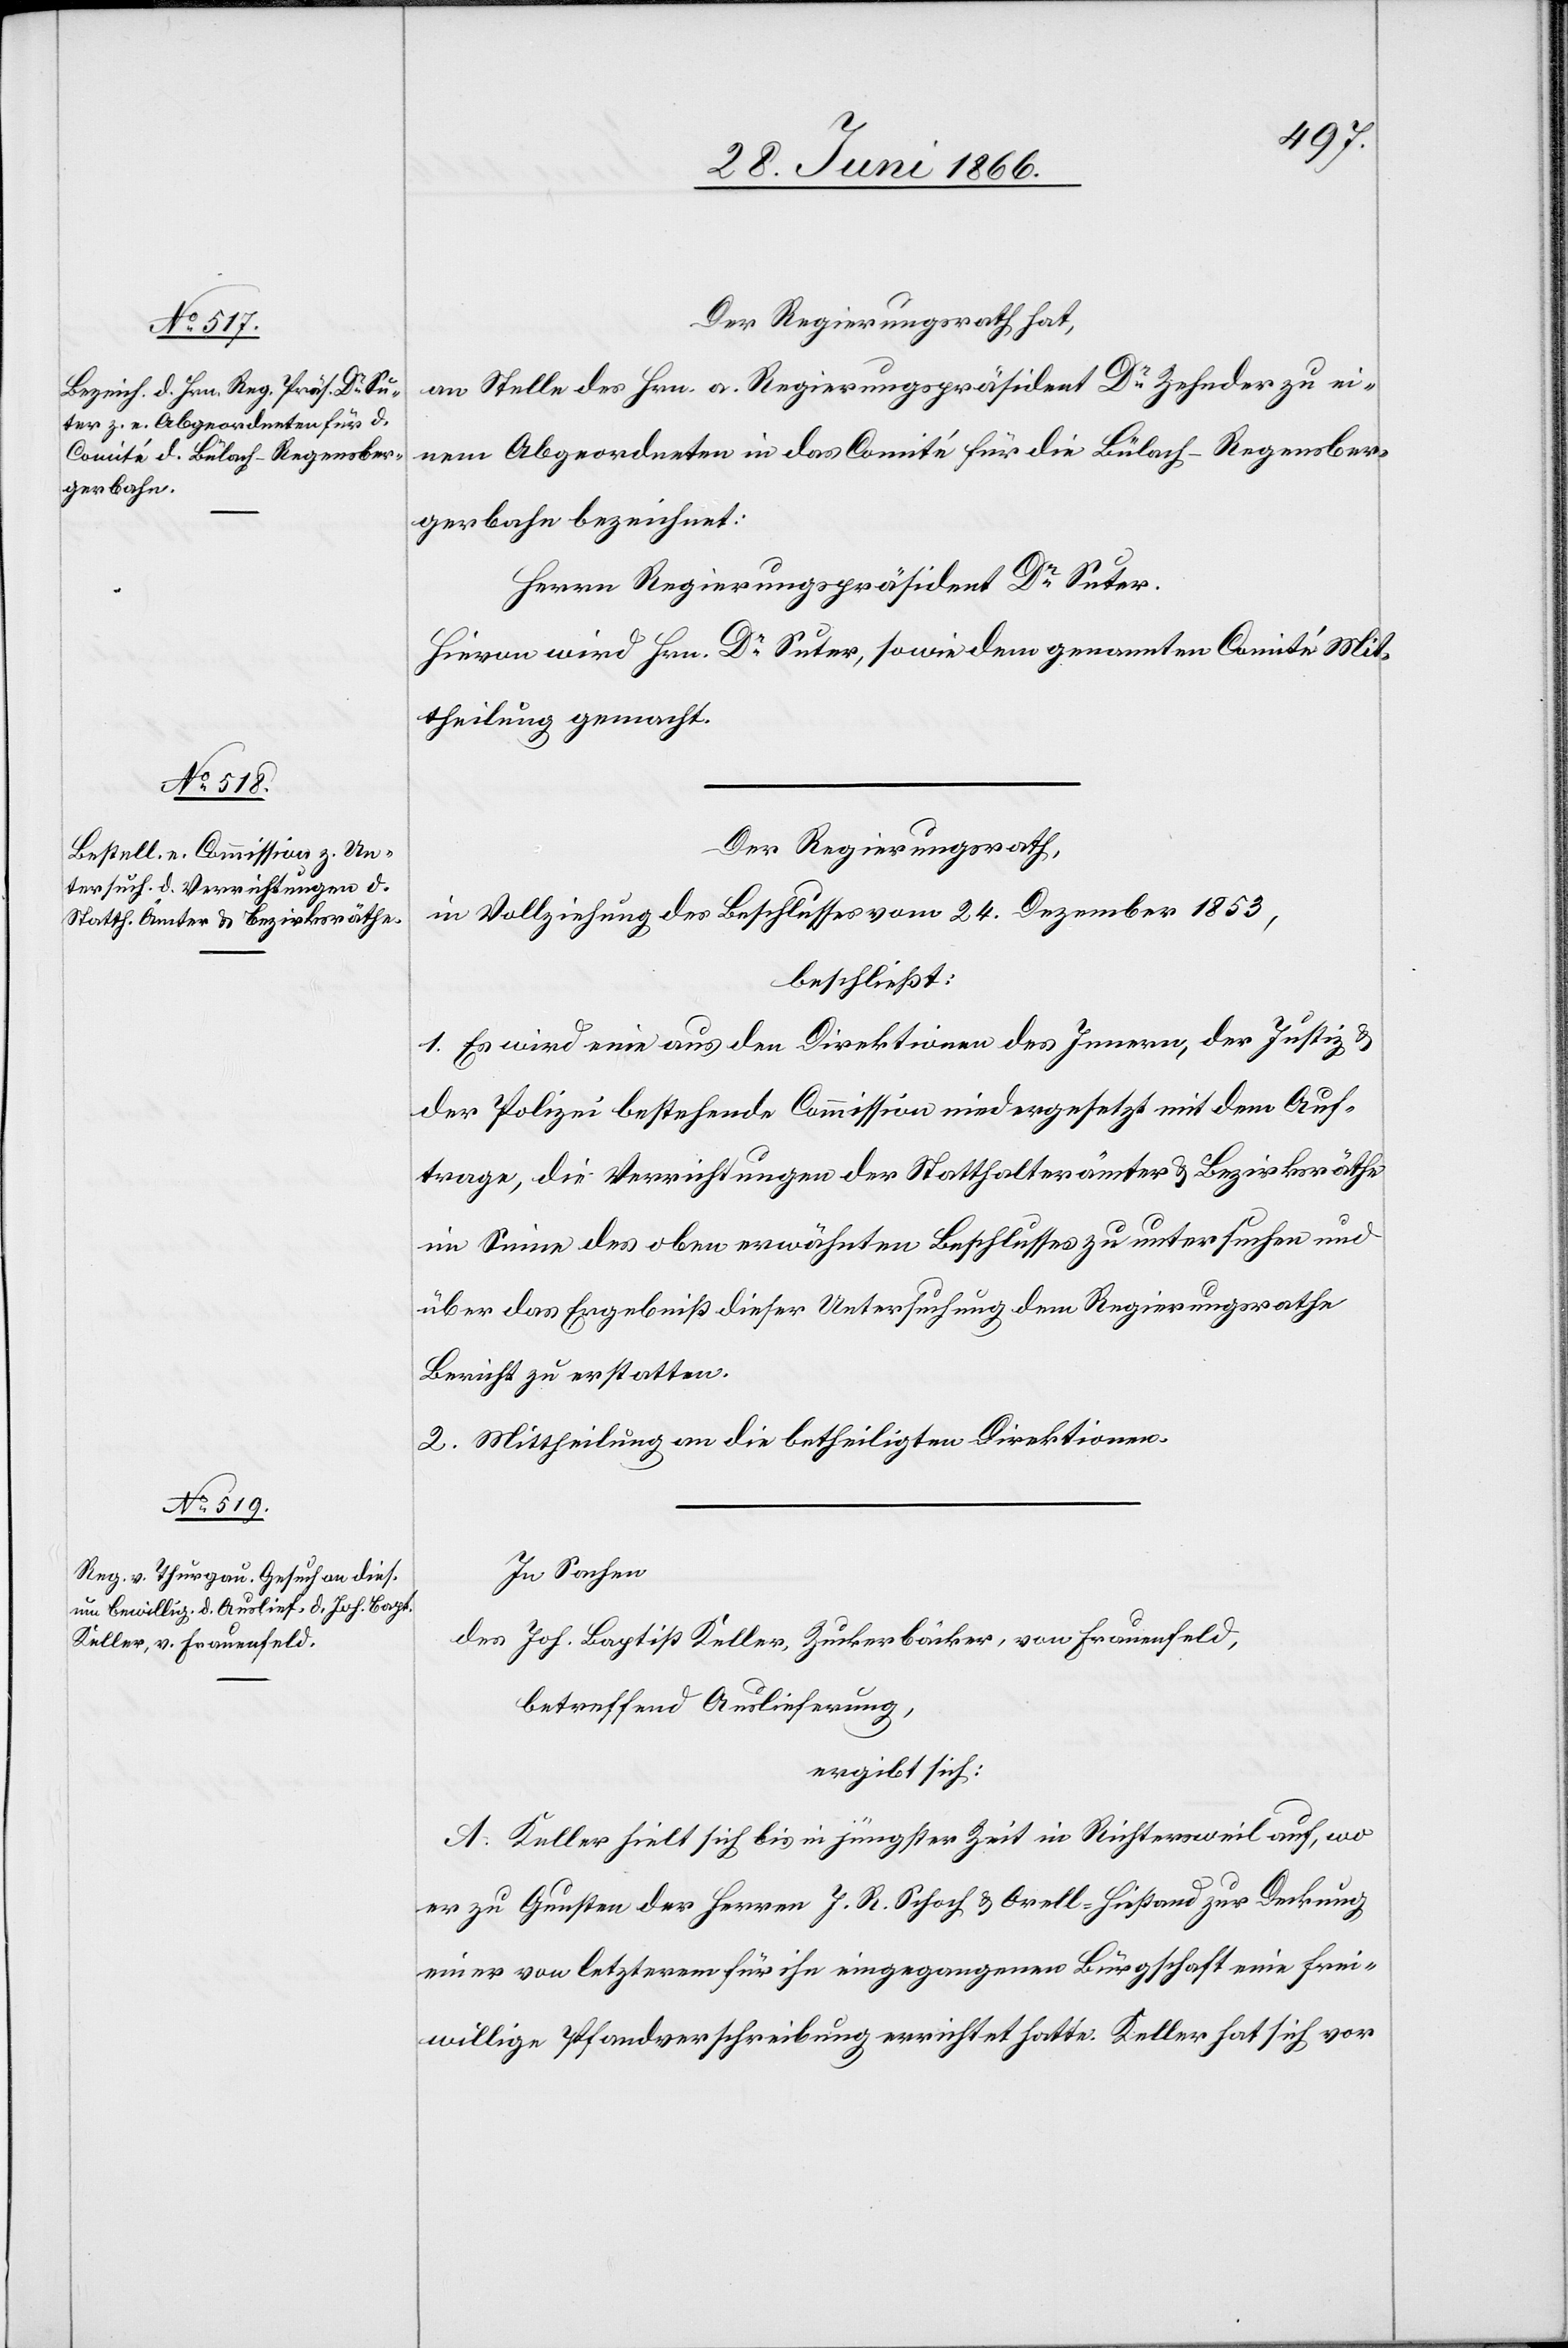
Der Regierungsrath hat,
an Stelle des Hrn. a. Regierungspräsident Dr. Zehnder zu ei¬
nem Abgeordneten in das Comité für die Bülach–Regensber¬
gerbahn bezeichnet:
Herrn Regierungspräsident Dr. Suter.
Hievon wird Hrn. Dr. Suter, sowie dem genannten Comité Mit¬
theilung gemacht.
Der Regierungsrath,
in Vollziehung des Beschlusses vom 24. Dezember 1853,
beschließt:
1. Es wird eine aus den Direktionen des Innern, der Justiz u.
der Polizei bestehende Commission niedergesetzt mit dem Auf¬
trage, die Verrichtungen der Statthalterämter u. Bezirksräthe
im Sinne des oben erwähnten Beschlusses zu untersuchen und
über das Ergebniß dieser Untersuchung dem Regierungsrathe
Bericht zu erstatten.
2. Mittheilung an die betheiligten Direktionen.
In Sachen
des Joh. Baptist Keller, Zuckerbäcker, von Frauenfeld,
betreffend Auslieferung,
ergibt sich:
A. Keller hielt sich bis in jüngster Zeit in Richtersweil auf, wo
er zu Gunsten der Herren J. R. Schoch u. Orell-Hiestand zur Deckung
einer von letzterem für ihn eingegangenen Bürgschaft eine frei¬
willige Pfandverschreibung errichtet hatte. Keller hat sich vor